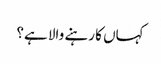
کہاں کا رہنے والا ہے؟